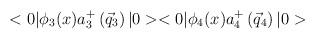
LaTeX: \begin{align*}<0|{\phi}_3(x)a_3^{+}\left(\vec{q}_3\right)|0><0|{\phi}_4(x)a_4^{+}\left(\vec{q}_4\right)|0>\end{align*}